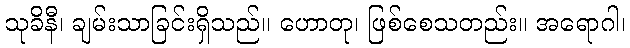
သုခိနီ၊ ချမ်းသာခြင်းရှိသည်။ ဟောတု၊ ဖြစ်စေသတည်း။ အရောဂါ၊